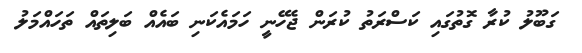
ގަބޫލު ކުރާ ގޮތުގައި ކަސްރަތު ކުރަން ޖެހޭނީ ހަމައެކަނި ބައެއް ބަލިތައް ތަހައްމަލު